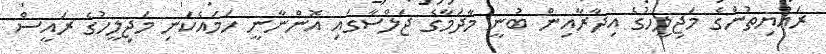
ރައްޔިތުންގެ މަޖިލީހުގެ އިދާރާއިން ބުނީ މާދަމާގެ ޖަލްސާގައި އޮންނާނީ ހަމައެކަނި މަޖިލީހުގެ ރައީސް